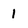
Character: 1